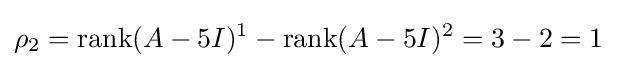
\rho _{2}=\operatorname {rank} (A-5I)^{1}-\operatorname {rank} (A-5I)^{2}=3-2=1